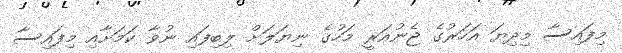
މިފައިސާ މިދިޔަ އަހަރުގެ ޖެނުއަރީ މަހުގެ ނިޔަލަށް ލިބިފައި ނުވާ ކަމަށާއި މިފައިސާ